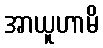
အာယူဟာမိ